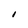
Character: I